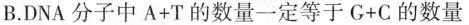
B.DNA分子中A+T的数量一定等于G+C的数量